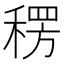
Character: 𮃕